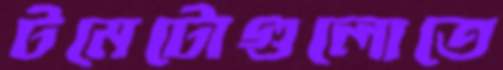
টমেটোগুলোতে